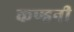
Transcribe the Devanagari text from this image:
कण्डनी